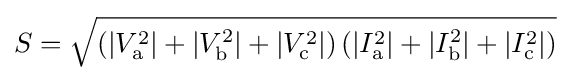
S={\sqrt {\left(|V_{\mathrm {a} }^{2}|+|V_{\mathrm {b} }^{2}|+|V_{\mathrm {c} }^{2}|\right)\left(|I_{\mathrm {a} }^{2}|+|I_{\mathrm {b} }^{2}|+|I_{\mathrm {c} }^{2}|\right)}}